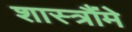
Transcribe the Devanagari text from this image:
शास्त्रौंमे